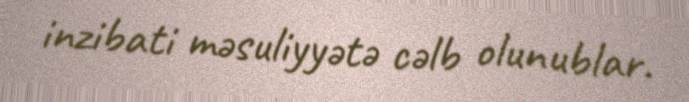
inzibati məsuliyyətə cəlb olunublar.